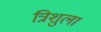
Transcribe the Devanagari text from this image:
त्रिशुला